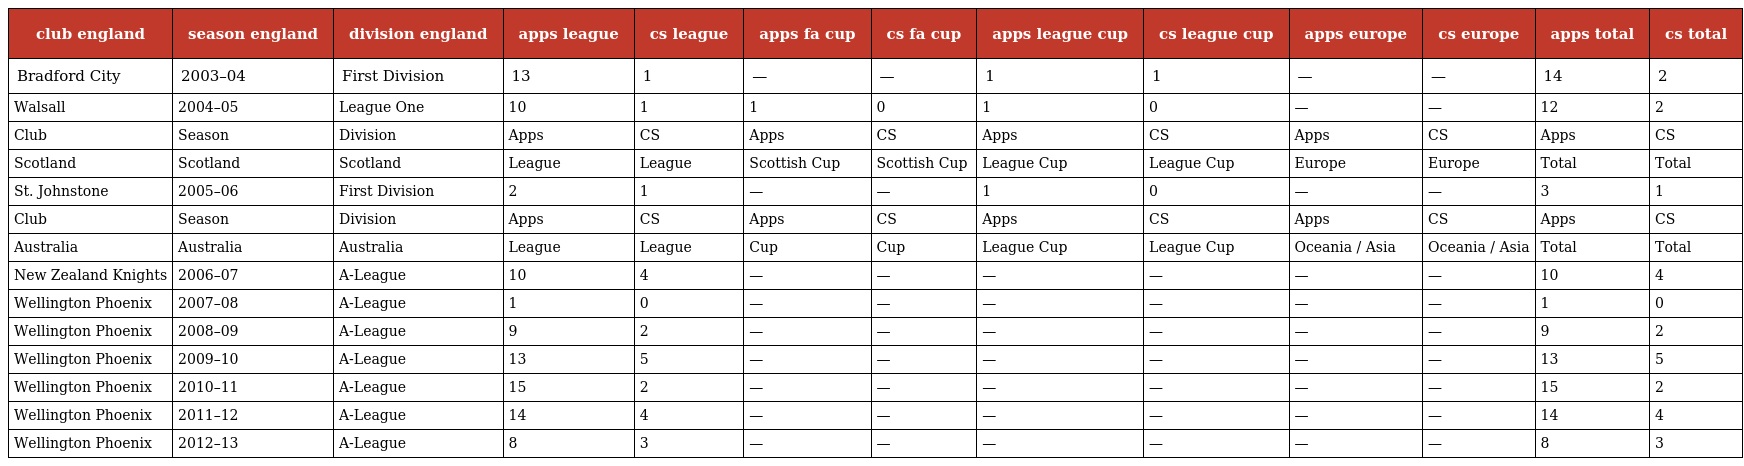
| club england | season england | division england | apps league | cs league | apps fa cup | cs fa cup | apps league cup | cs league cup | apps europe | cs europe | apps total | cs total |
 | --- | --- | --- | --- | --- | --- | --- | --- | --- | --- | --- | --- | --- |
 | Bradford City | 2003–04 | First Division | 13 | 1 | — | — | 1 | 1 | — | — | 14 | 2 |
 | Walsall | 2004–05 | League One | 10 | 1 | 1 | 0 | 1 | 0 | — | — | 12 | 2 |
 | Club | Season | Division | Apps | CS | Apps | CS | Apps | CS | Apps | CS | Apps | CS |
 | Scotland | Scotland | Scotland | League | League | Scottish Cup | Scottish Cup | League Cup | League Cup | Europe | Europe | Total | Total |
 | St. Johnstone | 2005–06 | First Division | 2 | 1 | — | — | 1 | 0 | — | — | 3 | 1 |
 | Club | Season | Division | Apps | CS | Apps | CS | Apps | CS | Apps | CS | Apps | CS |
 | Australia | Australia | Australia | League | League | Cup | Cup | League Cup | League Cup | Oceania / Asia | Oceania / Asia | Total | Total |
 | New Zealand Knights | 2006–07 | A-League | 10 | 4 | — | — | — | — | — | — | 10 | 4 |
 | Wellington Phoenix | 2007–08 | A-League | 1 | 0 | — | — | — | — | — | — | 1 | 0 |
 | Wellington Phoenix | 2008–09 | A-League | 9 | 2 | — | — | — | — | — | — | 9 | 2 |
 | Wellington Phoenix | 2009–10 | A-League | 13 | 5 | — | — | — | — | — | — | 13 | 5 |
 | Wellington Phoenix | 2010–11 | A-League | 15 | 2 | — | — | — | — | — | — | 15 | 2 |
 | Wellington Phoenix | 2011–12 | A-League | 14 | 4 | — | — | — | — | — | — | 14 | 4 |
 | Wellington Phoenix | 2012–13 | A-League | 8 | 3 | — | — | — | — | — | — | 8 | 3 |